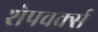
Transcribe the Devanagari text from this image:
शेपवर्क्स